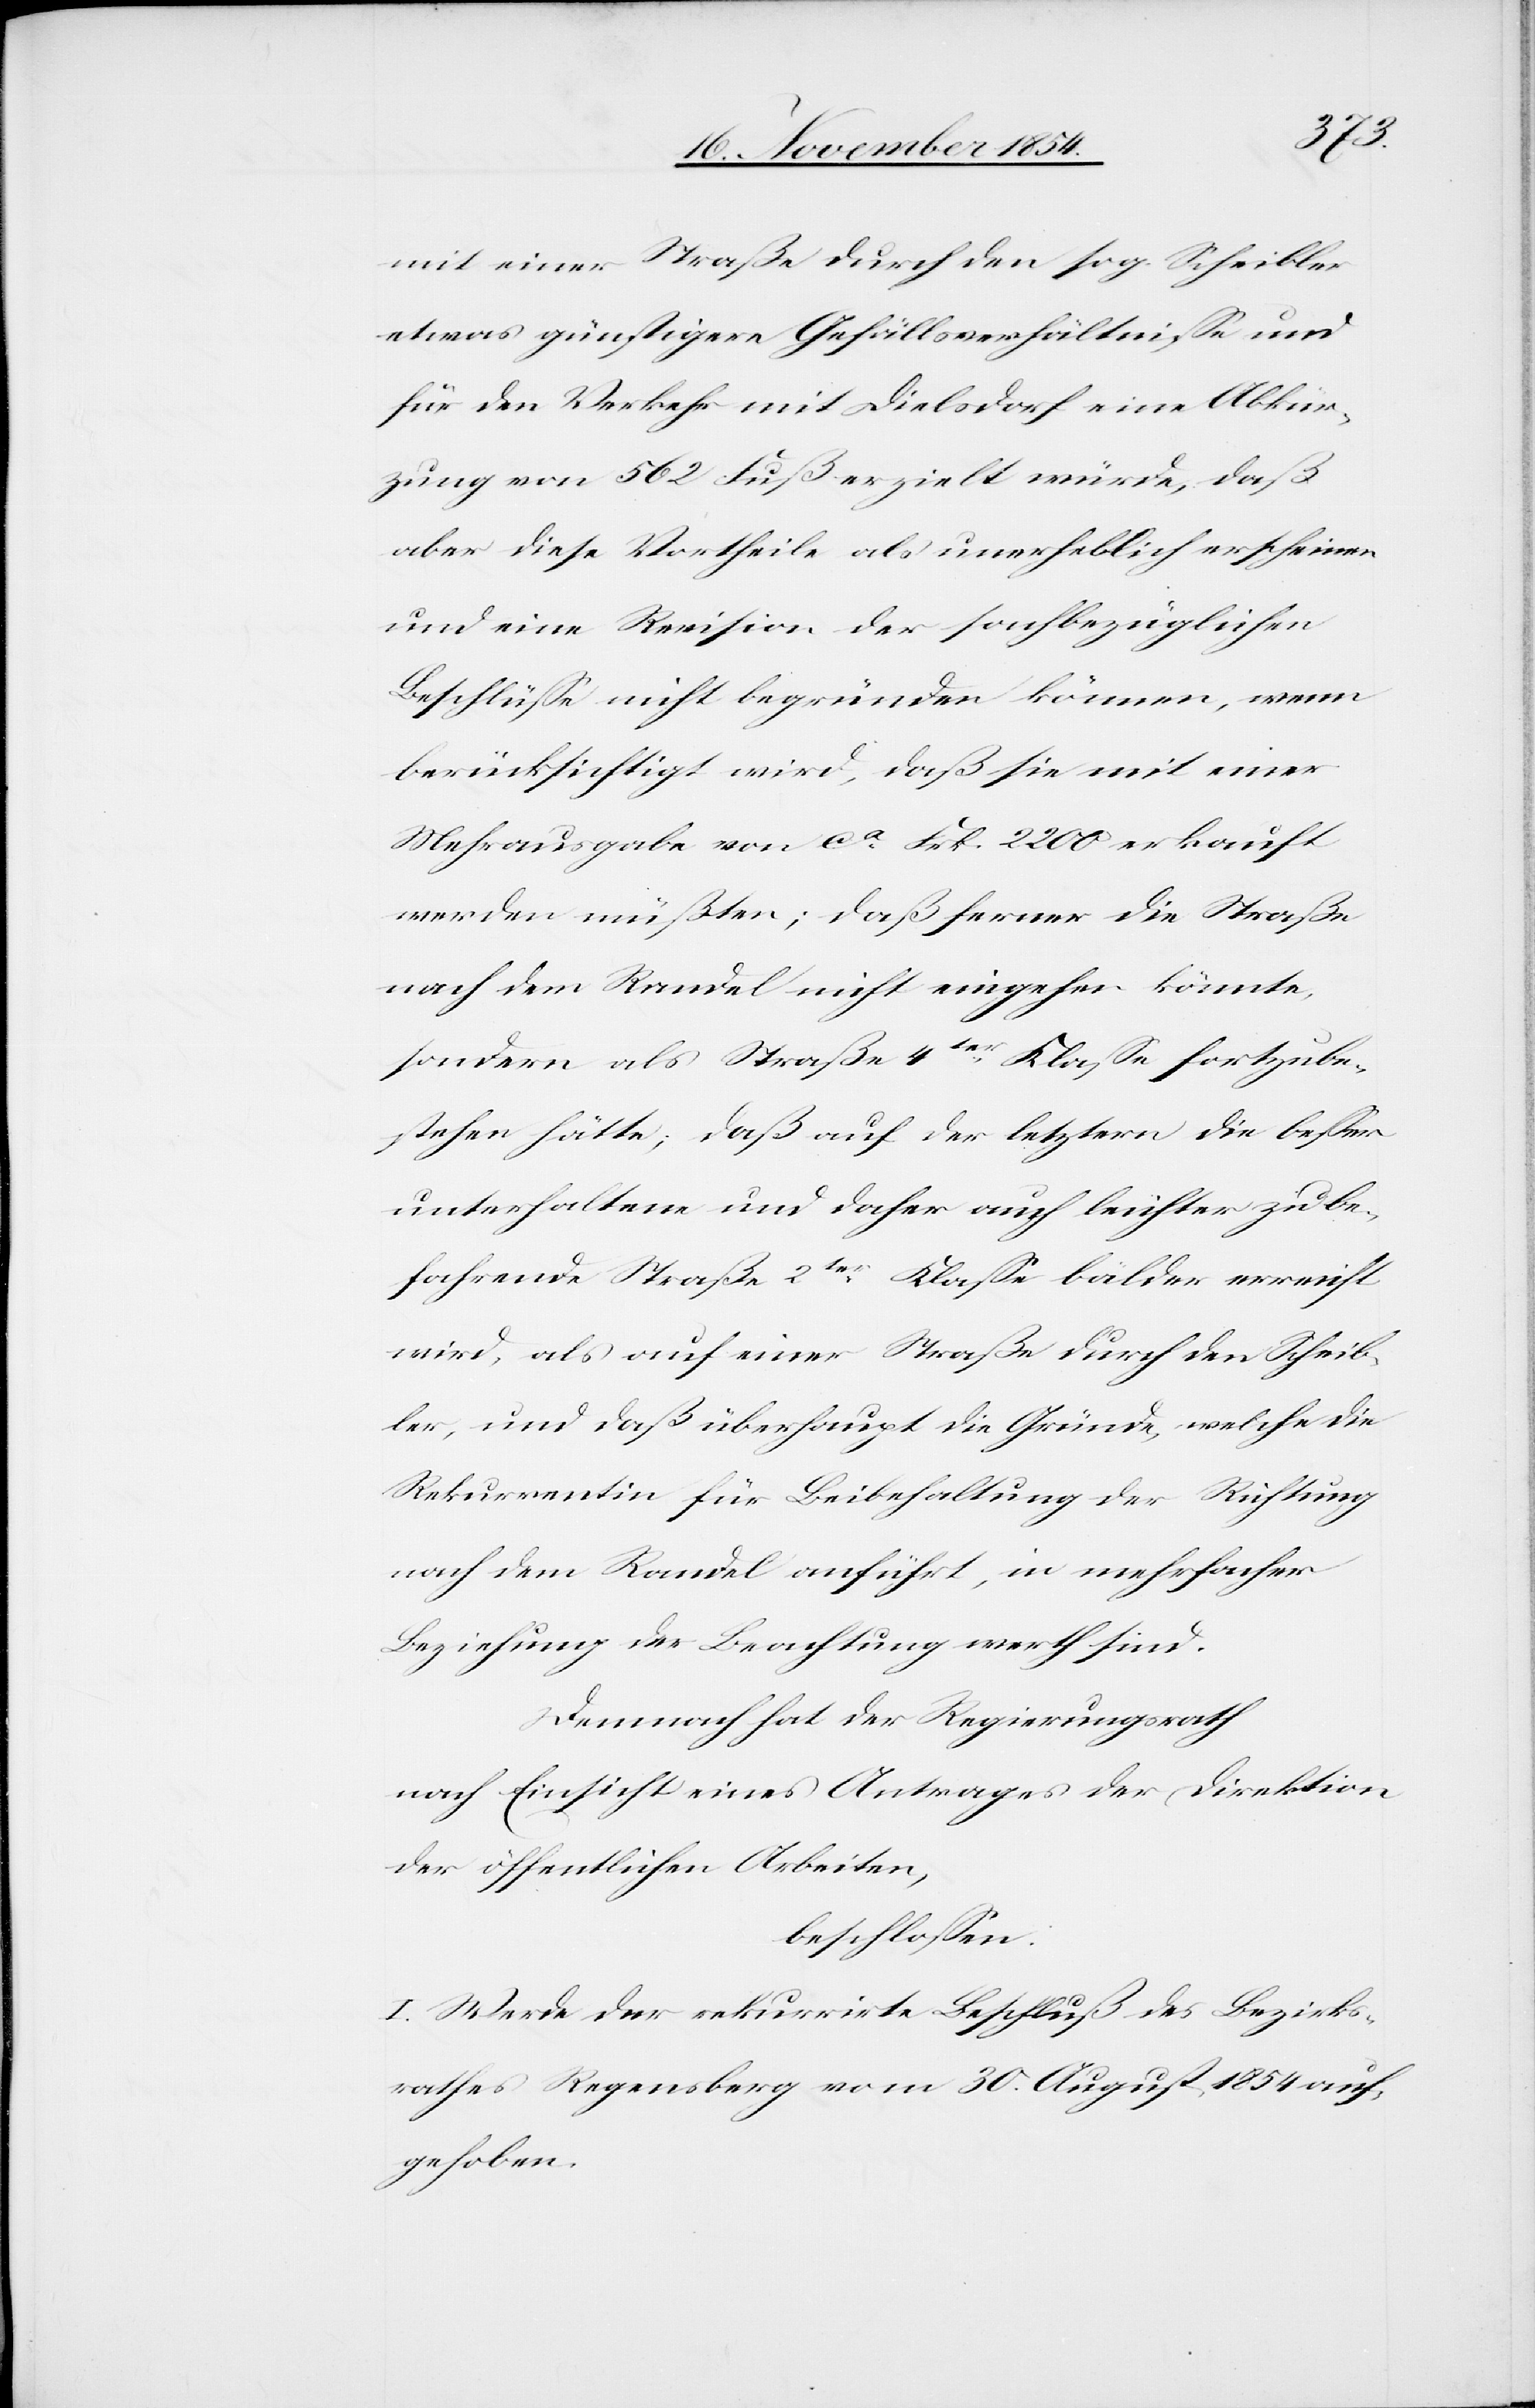
mit einer Straße durch den sog. Scheibler
etwas günstigere Gefällsverhältniße und
für den Verkehr mit Dielsdorf eine Abkür¬
zung von 562 Fuß erzielt würde, daß
aber diese Vortheile als unerheblich erscheinen
und eine Revision der sachbezüglichen
Beschlüße nicht begründen können, wenn
berücksichtigt wird, daß sie mit einer
Mehrausgabe von ca Frk. 2200 erkauft
werden müßten; daß ferner die Straße
nach dem Randel nicht eingehen könnte,
sondern als Straße 4ter Klaße fortzube¬
stehen hätte; daß auf der letztern die beßer
unterhaltene und daher auch leichter zu be¬
fahrende Straße 2ter Klaße bälder erreicht
wird, als auf einer Straße durch den Scheib¬
ler, und daß überhaupt die Gründe, welche die
Rekurrentin für Beibehaltung der Richtung
nach dem Randel anführt, in mehrfacher
Beziehung der Beachtung werth sind.
Demnach hat der Regierungsrath
nach Einsicht eines Antrages der Direktion
der öffentlichen Arbeiten,
beschloßen:
I. Werde der rekurrirte Beschluß des Bezirks¬
rathes Regensberg vom 30. August 1854 auf¬
gehoben.